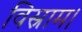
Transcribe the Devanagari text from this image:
विस्राम।